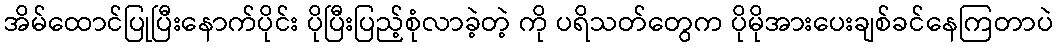
အိမ်ထောင်ပြုပြီးနောက်ပိုင်း ပိုပြီးပြည့်စုံလာခဲ့တဲ့ ကို ပရိသတ်တွေက ပိုမိုအားပေးချစ်ခင်နေကြတာပဲ